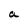
Character: a